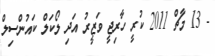
- 13 މާޗް 2011 ކުރީ ހާރިޖީ ވަޒީރު އަދި ލޯކަލް ކައުންސިލް